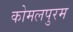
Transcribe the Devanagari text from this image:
कोमलपुरम